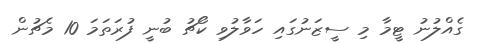
ގެއްލުނު ޓީމާ މި ސީޒަނުގައި ހަވާލުވި ކޯޗު ބުނީ ފުރަތަމަ 10 މެޗުން